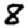
Digit: 8